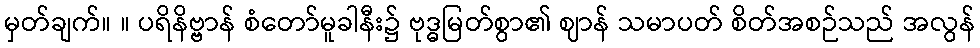
မှတ်ချက်။ ။ ပရိနိဗ္ဗာန် စံတော်မူခါနီး၌ ဗုဒ္ဓမြတ်စွာ၏ ဈာန် သမာပတ် စိတ်အစဉ်သည် အလွန်